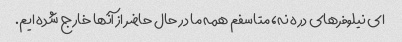
ای نیلوفرهای دره نه، متاسفم همه ما در حال حاضر از آنها خارج شده ایم.